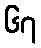
၆၇